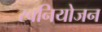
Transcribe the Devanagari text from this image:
स्वनियोजन